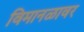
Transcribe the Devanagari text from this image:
विमानळावर